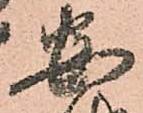
安